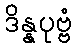
ဒိန္နပုဗ္ဗံ